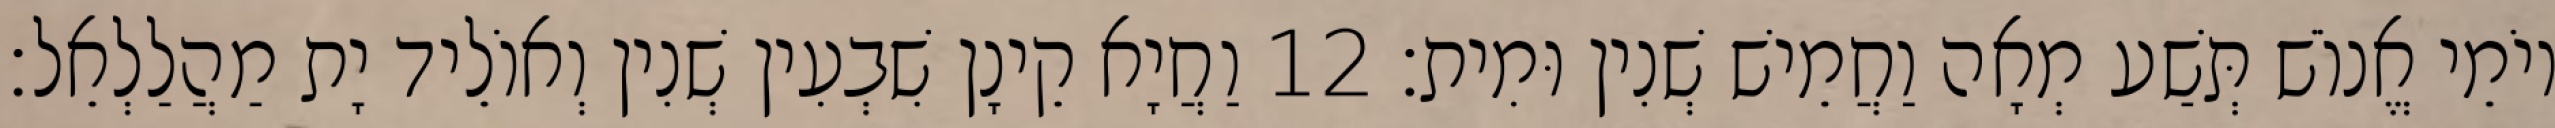
יוֹמֵי אֱנוֹשׁ תְּשַׁע מְאָה וַחֲמֵישׁ שְׁנִין וּמִית׃ 12 וַחֲיָא קֵינָן שִׁבְעִין שְׁנִין וְאוֹלֵיד יָת מַהֲלַלְאֵל׃